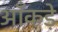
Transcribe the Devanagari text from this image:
आँकडे़